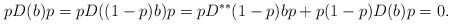
\begin{align*} pD(b)p = p D((1-p)b) p = p D^{**}(1-p) b p + p (1-p) D(b) p = 0.\end{align*}